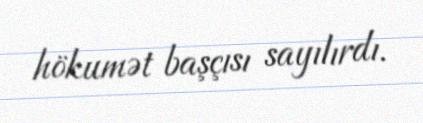
hökumət başçısı sayılırdı.